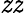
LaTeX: \mathit{z}\mathit{z}